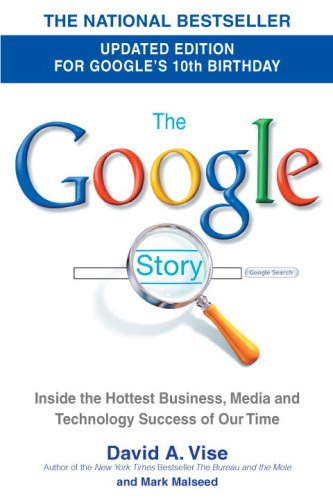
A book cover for The Google Story: For Google's 10th Birthday; David A. Vise; Computers & Technology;